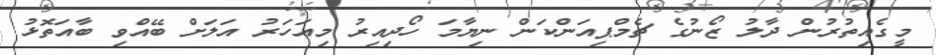
މީގެއިތުރުން ދާލު ޒޯނުގެ ޗެމްޕިއަންކަން ނިޔާމަ ހޯދިއިރު މިއަހަރު އަލަށް ބޭއްވި ބާއަތޮޅު